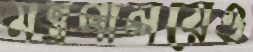
মন্ত্রণালয়েও